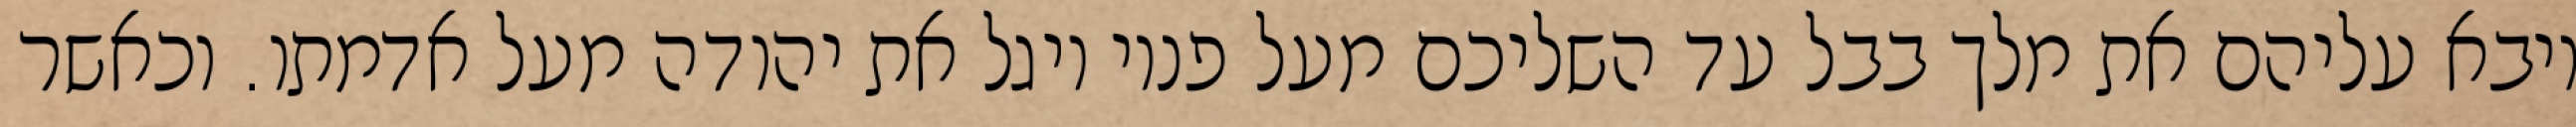
ויבא עליהם את מלך בבל עד השליכם מעל פניו ויגל את יהודה מעל אדמתו. וכאשר